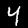
Label: 4